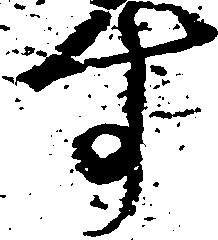
す